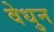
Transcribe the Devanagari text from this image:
वेधुन